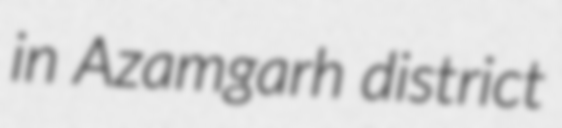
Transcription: in Azamgarh district